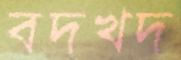
বদখদ